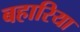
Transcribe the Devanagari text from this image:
बहारिया